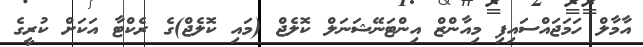
އާމާލް ހަމަޖައްސައިފި މިއާންޒް އިންޓަނޭޝަނަލް ކޮލެޖް (މައި ކޮލެޖް)ގެ ރެކްޓާ އަކަށް ކުރީގެ